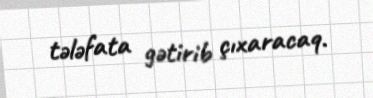
tələfata gətirib çıxaracaq.